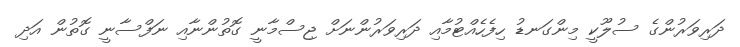
ދަރިވަރުންގެ ސުލޫކީ މިންގަނޑު ހިފެހެއްޓުމާއި ދަރިވަރުންނަށް ޖިސްމާނީ ގޮތުންނާއި ނަފްސާނީ ގޮތުން އަދި